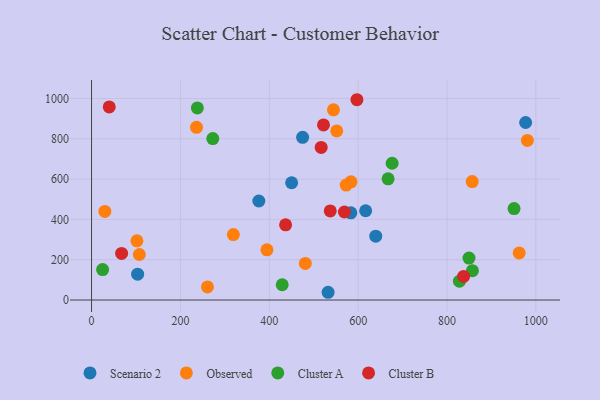
{"axis": {"x": "Price", "y": "Fuel Efficiency"}, "legend": ["Cluster A", "Cluster B", "Observed", "Scenario 2"], "data": [{"x": "450.3", "y": 582.0, "type": "Scenario 2"}, {"x": "376.5", "y": 491.3, "type": "Scenario 2"}, {"x": "103.7", "y": 128.1, "type": "Scenario 2"}, {"x": "639.6", "y": 317.1, "type": "Scenario 2"}, {"x": "532.4", "y": 38.5, "type": "Scenario 2"}, {"x": "977.0", "y": 880.8, "type": "Scenario 2"}, {"x": "583.5", "y": 432.5, "type": "Scenario 2"}, {"x": "475.0", "y": 807.3, "type": "Scenario 2"}, {"x": "616.9", "y": 443.0, "type": "Scenario 2"}, {"x": "29.9", "y": 439.9, "type": "Observed"}, {"x": "481.1", "y": 181.5, "type": "Observed"}, {"x": "980.9", "y": 791.8, "type": "Observed"}, {"x": "573.1", "y": 570.2, "type": "Observed"}, {"x": "962.4", "y": 233.6, "type": "Observed"}, {"x": "583.9", "y": 586.3, "type": "Observed"}, {"x": "544.4", "y": 943.8, "type": "Observed"}, {"x": "260.9", "y": 64.8, "type": "Observed"}, {"x": "394.7", "y": 249.0, "type": "Observed"}, {"x": "102.1", "y": 293.9, "type": "Observed"}, {"x": "856.7", "y": 587.9, "type": "Observed"}, {"x": "236.2", "y": 857.1, "type": "Observed"}, {"x": "319.1", "y": 325.0, "type": "Observed"}, {"x": "551.8", "y": 839.1, "type": "Observed"}, {"x": "107.5", "y": 226.0, "type": "Observed"}, {"x": "676.5", "y": 678.6, "type": "Cluster A"}, {"x": "24.9", "y": 151.3, "type": "Cluster A"}, {"x": "828.0", "y": 93.4, "type": "Cluster A"}, {"x": "272.9", "y": 801.2, "type": "Cluster A"}, {"x": "857.2", "y": 145.6, "type": "Cluster A"}, {"x": "238.1", "y": 953.4, "type": "Cluster A"}, {"x": "429.1", "y": 75.8, "type": "Cluster A"}, {"x": "950.9", "y": 453.7, "type": "Cluster A"}, {"x": "667.4", "y": 601.2, "type": "Cluster A"}, {"x": "849.5", "y": 208.4, "type": "Cluster A"}, {"x": "537.2", "y": 442.0, "type": "Cluster B"}, {"x": "522.0", "y": 869.1, "type": "Cluster B"}, {"x": "597.3", "y": 993.9, "type": "Cluster B"}, {"x": "39.8", "y": 958.4, "type": "Cluster B"}, {"x": "837.4", "y": 117.3, "type": "Cluster B"}, {"x": "67.6", "y": 231.5, "type": "Cluster B"}, {"x": "516.8", "y": 757.2, "type": "Cluster B"}, {"x": "436.7", "y": 373.3, "type": "Cluster B"}, {"x": "569.1", "y": 436.9, "type": "Cluster B"}]}